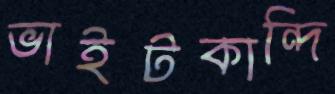
ভাইটকান্দি